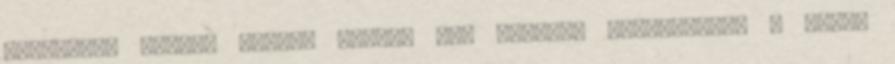
egyenesen Csoóri Sándor lehet, aki u­gye­bár annakidején – az­óta